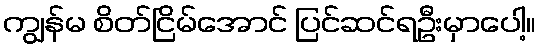
ကျွန်မ စိတ်ငြိမ်အောင် ပြင်ဆင်ရဦးမှာပေါ့။